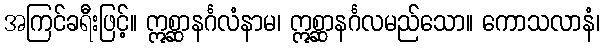
အကြင်ခရီးဖြင့်။ ဣစ္ဆာနင်္ဂလံနာမ၊ ဣစ္ဆာနင်္ဂလမည်သော။ ကောသလာနံ၊